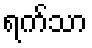
ရက်သာ